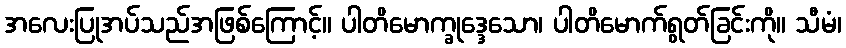
အလေးပြုအပ်သည်အဖြစ်ကြောင့်။ ပါတိမောက္ခုဒ္ဒေသော၊ ပါတိမောက်ရွတ်ခြင်းကို။ သီမံ၊